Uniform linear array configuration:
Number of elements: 24
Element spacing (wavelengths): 0.75
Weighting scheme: binomial
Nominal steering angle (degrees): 0
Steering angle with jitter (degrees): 0.3925
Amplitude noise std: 0.05
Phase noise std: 0.05

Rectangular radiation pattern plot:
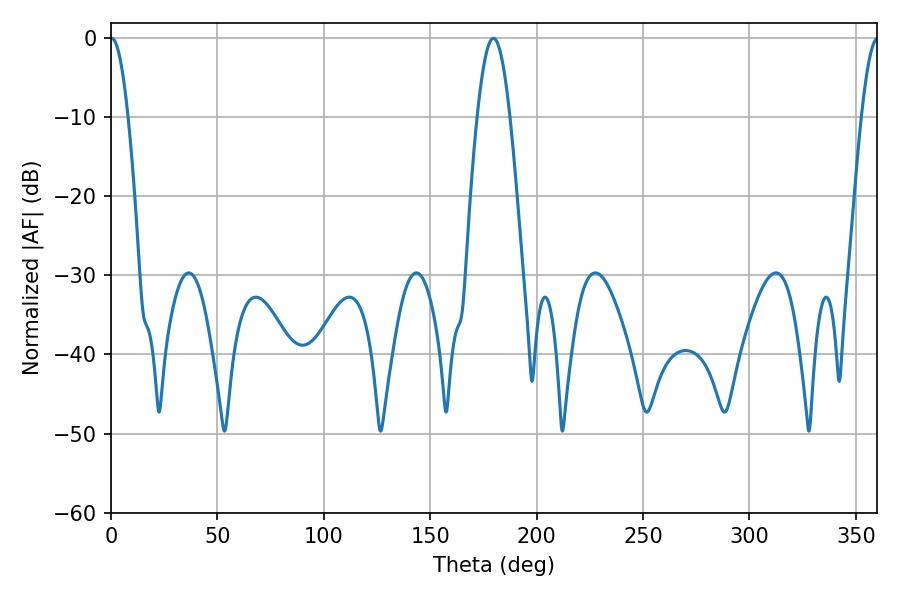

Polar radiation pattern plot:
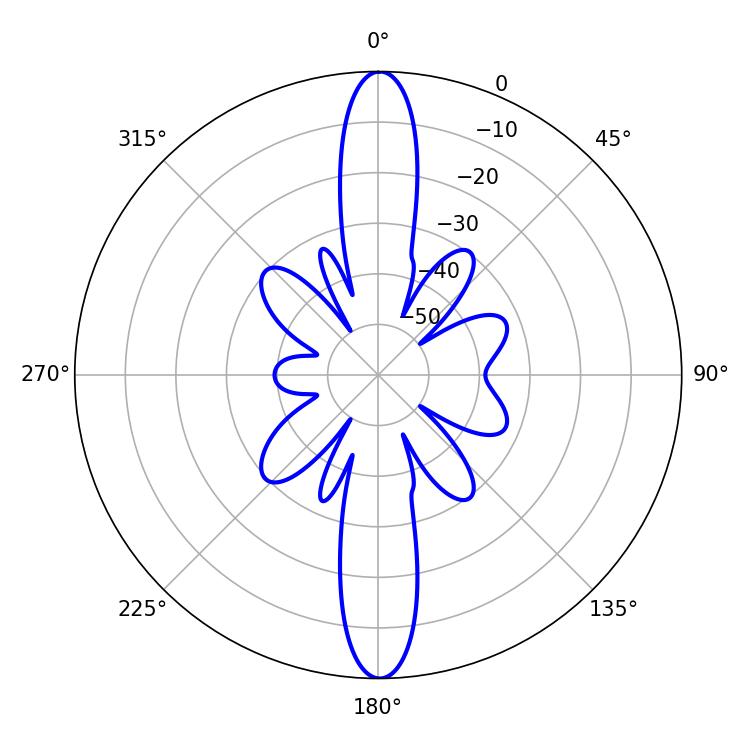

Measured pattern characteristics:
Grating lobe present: TRUE
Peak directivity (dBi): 30.856
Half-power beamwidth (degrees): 8.28
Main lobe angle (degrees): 179.64